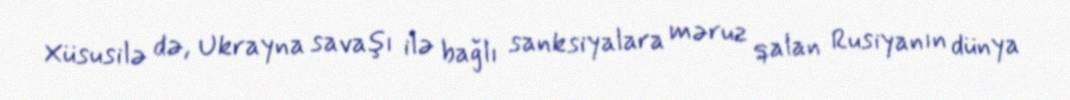
Xüsusilə də, Ukrayna savaşı ilə bağlı sanksiyalara məruz qalan Rusiyanın dünya